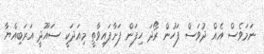
ނަމަވެސް އެއް ދުވަސް ފަހުން ރޯދަ ހިފަން ފަށާފައިވާތީ މިއަދަކީ ސައޫދީ އަރަބިއްޔާ